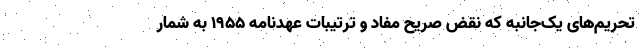
تحریم‌های یک‌جانبه که نقض صریح مفاد و ترتیبات عهدنامه ۱۹۵۵ به شمار